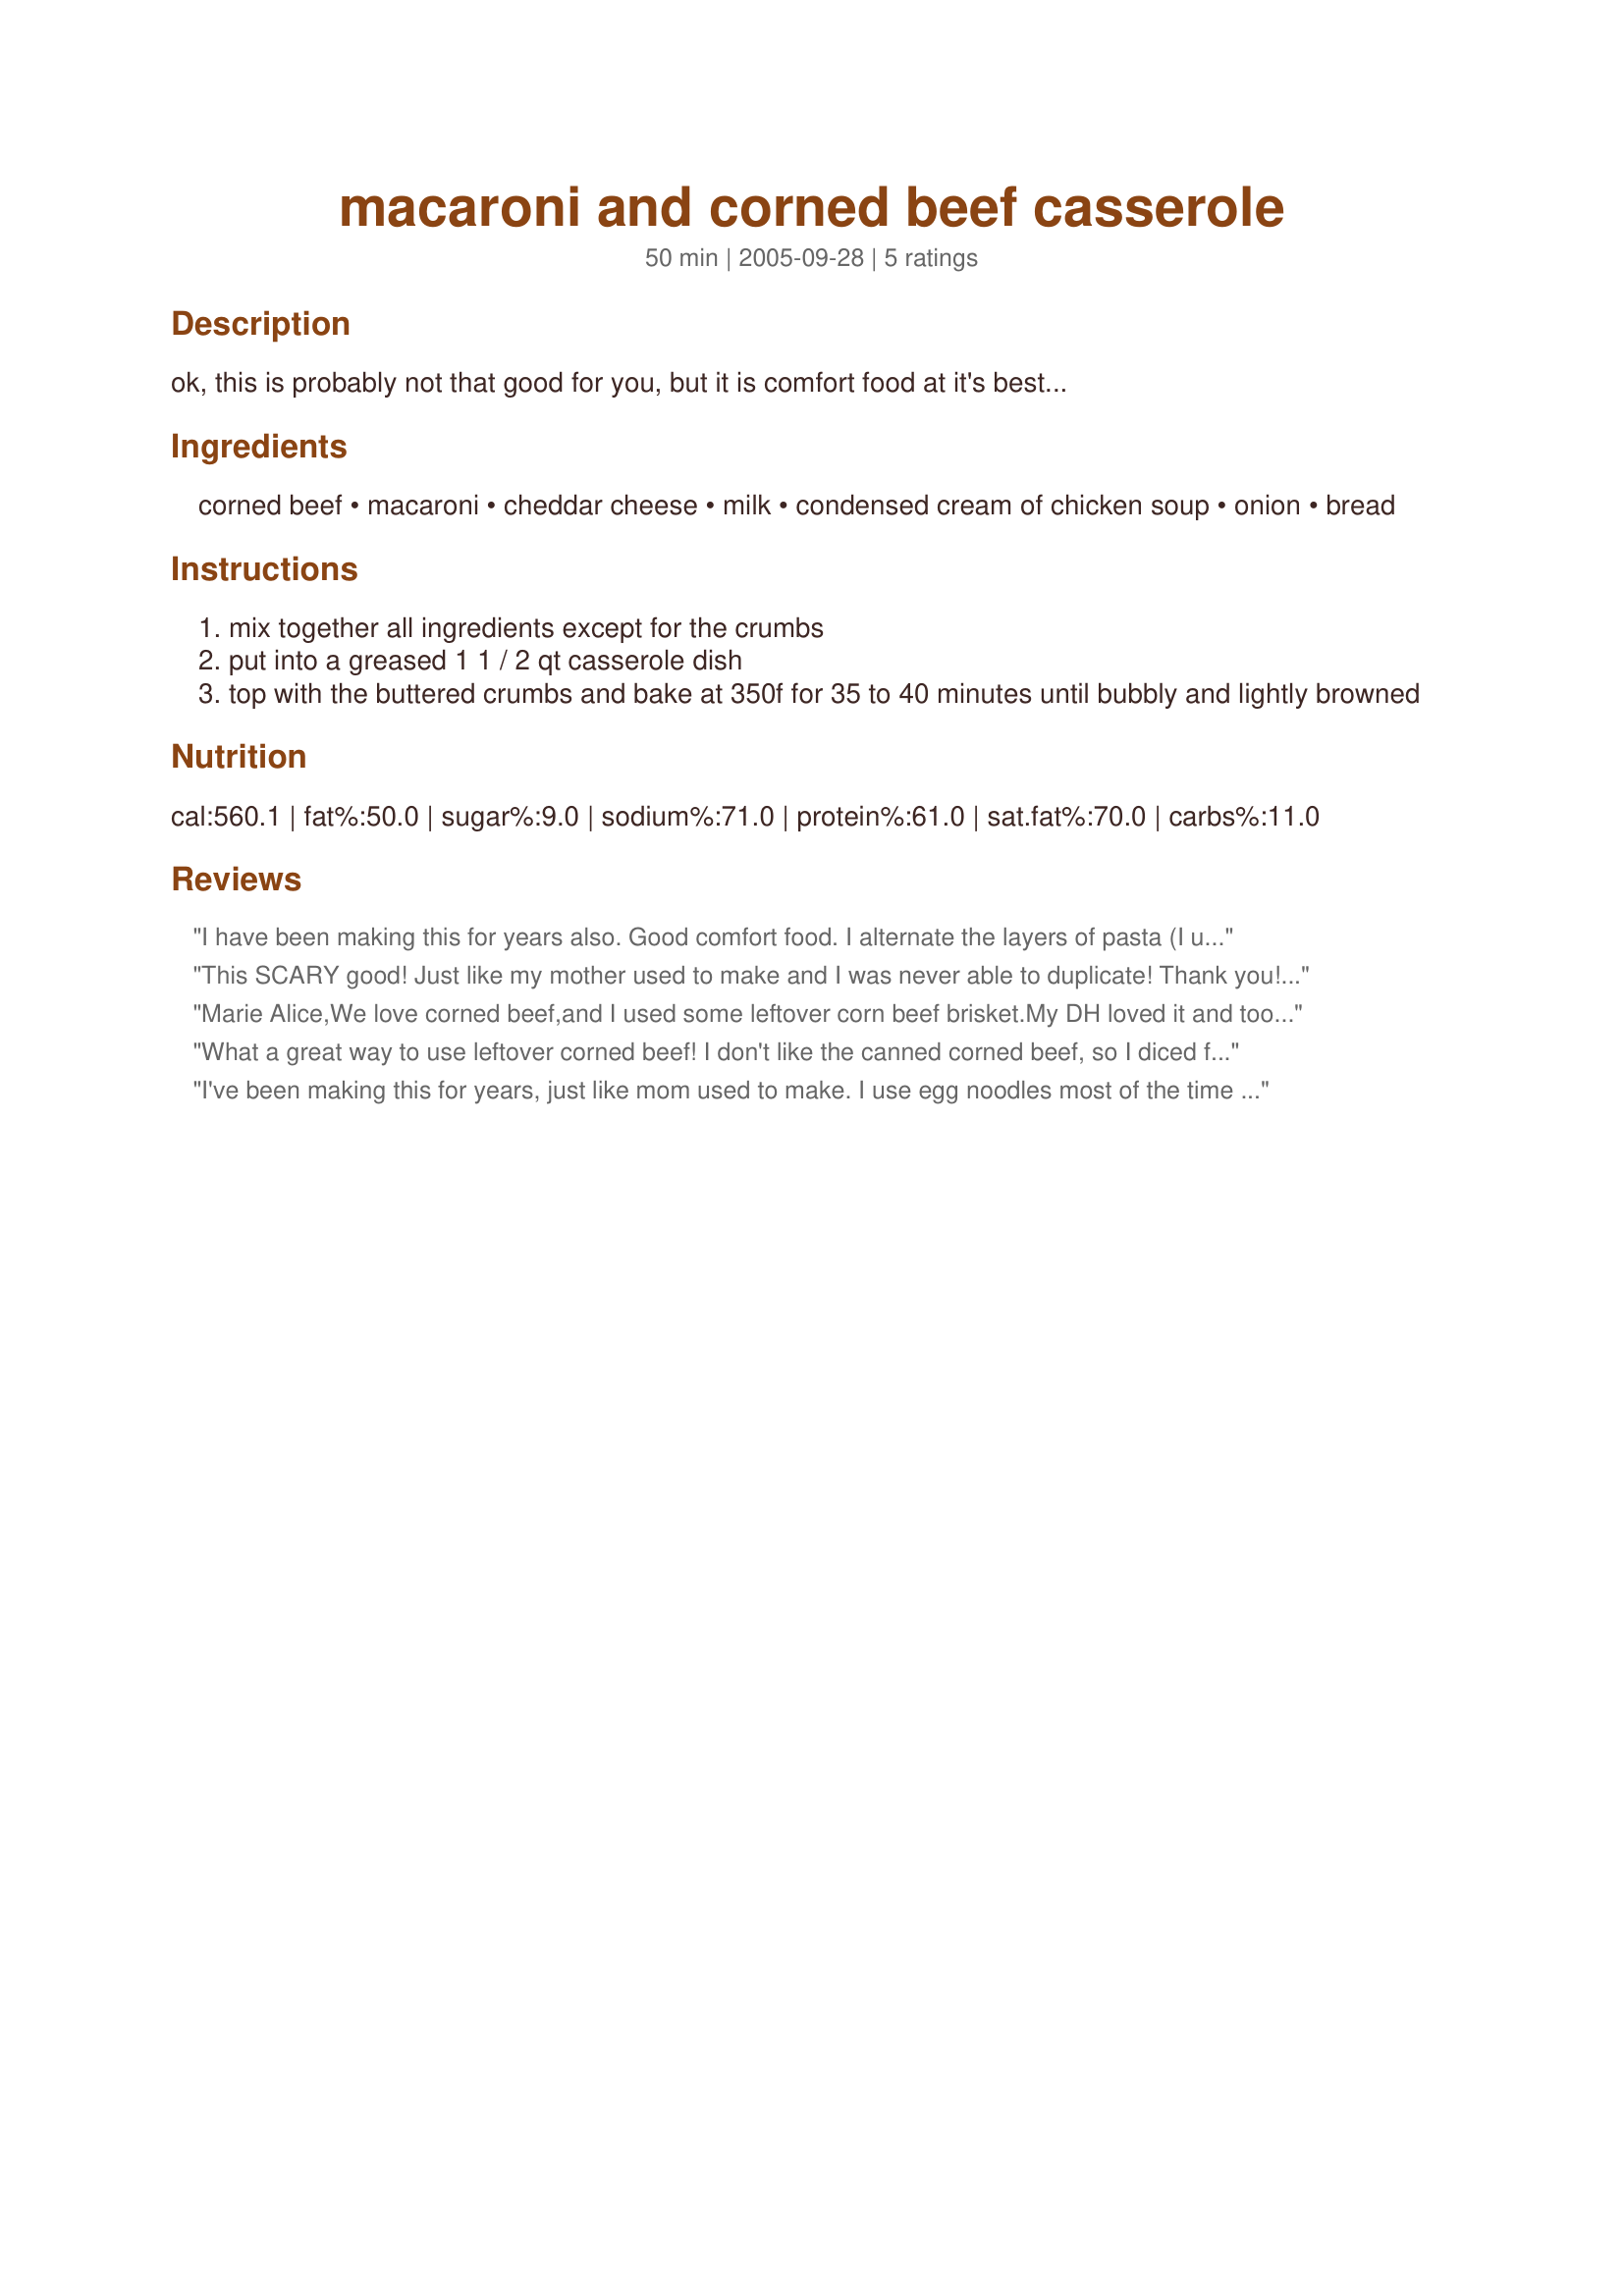
macaroni and corned beef casserole
Preparation time: 50 minutes

ok, this is probably not that good for you, but it is comfort food at it's best...

Ingredients:
corned beef, macaroni, cheddar cheese, milk, condensed cream of chicken soup, onion, bread

Steps:
mix together all ingredients except for the crumbs
put into a greased 1 1 / 2 qt casserole dish
top with the buttered crumbs and bake at 350f for 35 to 40 minutes until bubbly and lightly browned

Reviews:
I have been making this for years also. Good comfort food. I alternate the layers of pasta (I use egg noodles) corned beef, cheese and peas or corn (I add veggies), and pour part of the mushroom/chicken soup mixture over the layer. I also top with cheese about 10 minutes before it is done in the oven. Delicious but not a diet food.
This SCARY good! Just like my mother used to make and I was never able to duplicate! Thank you!<br/><br/>Good Stuff.
Marie Alice,We love corned beef,and I used some leftover corn beef brisket.My DH loved it and took it to work today.It surely is Comfort food at it's best,and so simple.Thank you Marie,from across the pond.ROSE
What a great way to use leftover corned beef! I don't like the canned corned beef, so I diced fresh cooked leftover corned beef brisket. I also threw in a handful of chopped cabbage. The casserole is creamy and tasty..... not to mention it's easy to make! Thanx for posting this; it's a keeper!
I've been making this for years, just like mom used to make. I use egg noodles most of the time but love it.
